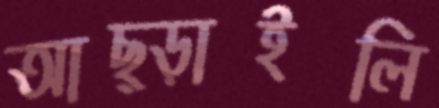
আছ্‌ড়াইলি